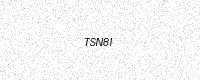
Text: TSN8I